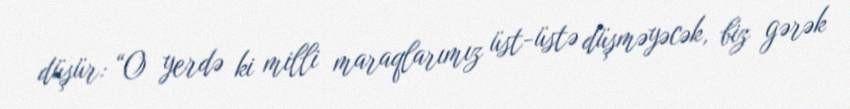
düşür: “O yerdə ki milli maraqlarımız üst-üstə düşməyəcək, biz gərək